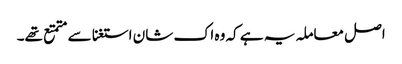
اصل معاملہ یہ ہے کہ وہ اک شان استغنا سے متمتع تھے۔